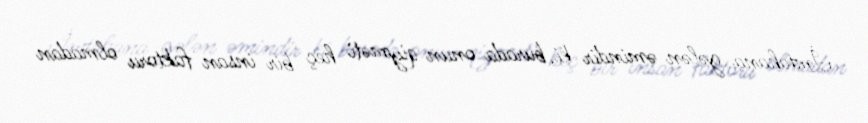
İmtahana gələn əmindir ki, burada onun qiyməti heç bir insan faktoru olmadan